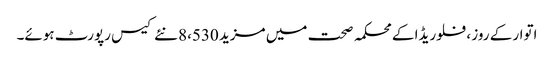
اتوار کے روز ، فلوریڈا کے محکمہ صحت میں مزید 8،530 نئے کیس رپورٹ ہوئے۔